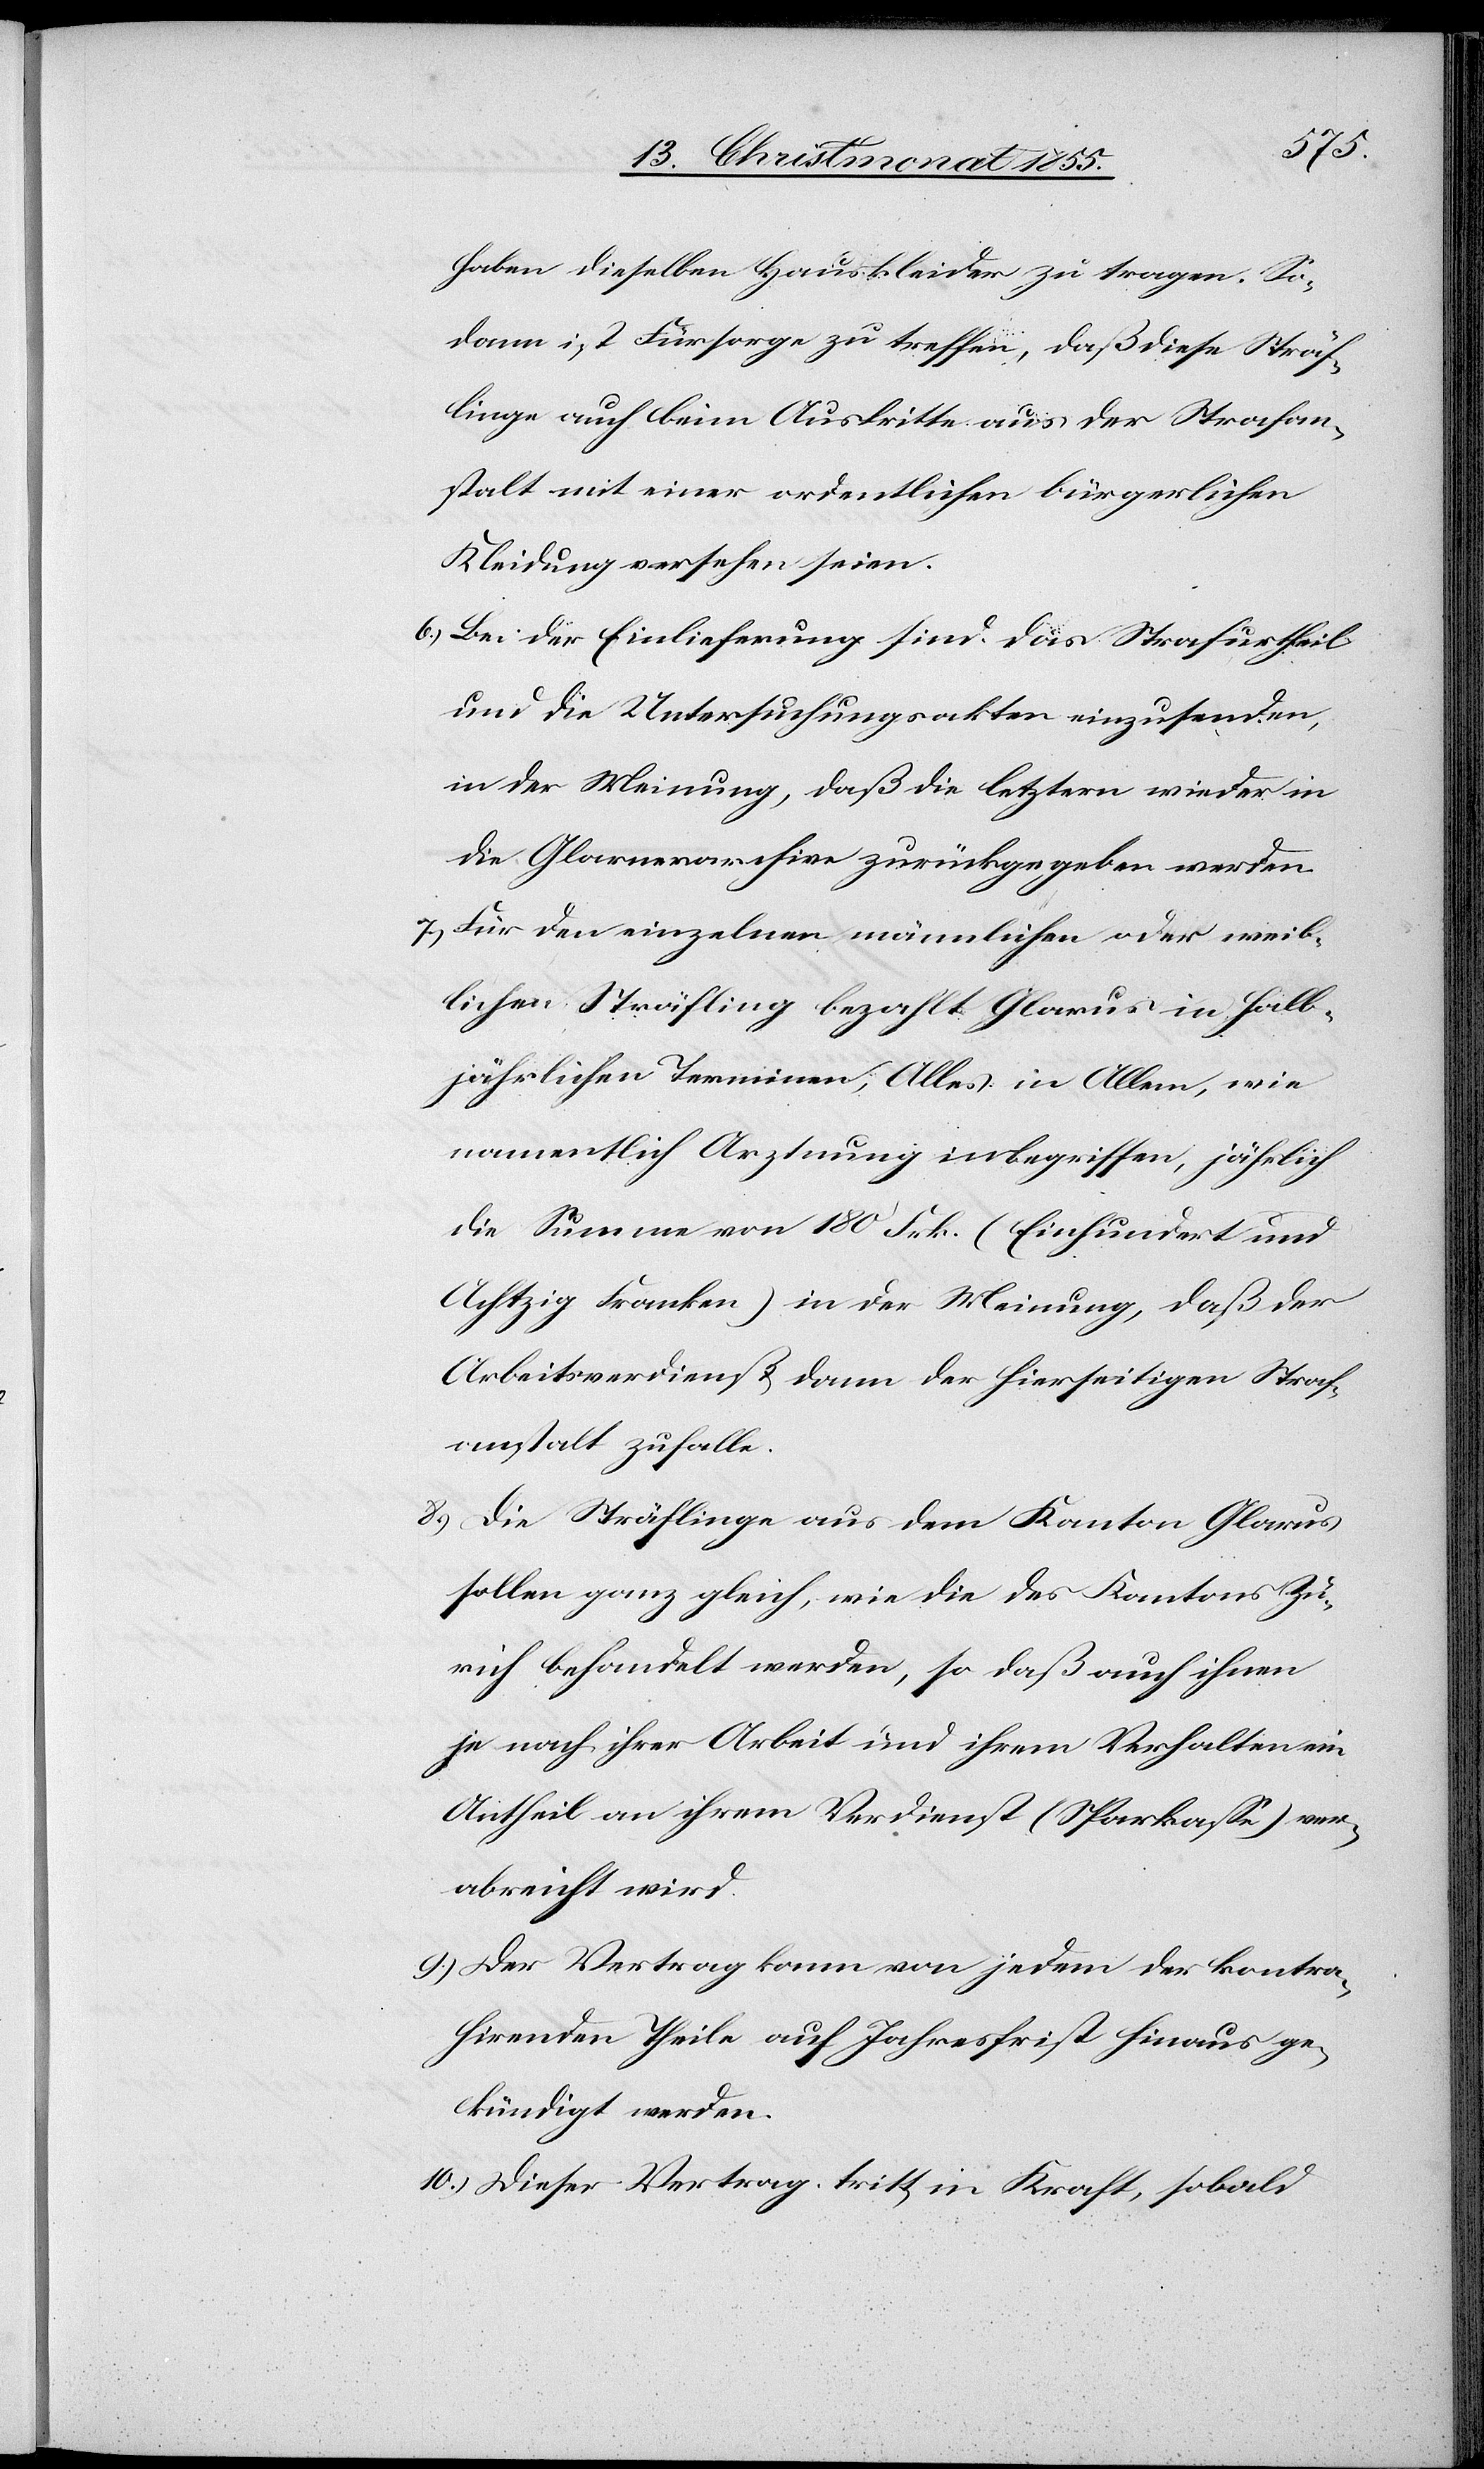
haben dieselben Hauskleider zu tragen. So¬
dann ist Fürsorge zu treffen, daß diese Sträf¬
linge auch beim Austritte aus der Strafan¬
stalt mit einer ordentlichen bürgerlichen
Kleidung versehen seien.
Bei der Einlieferung sind das Strafurtheil
und die Untersuchungsakten einzusenden,
in der Meinung, daß die letztern wieder in
die Glarnerarchive zurückgegeben werden.
Für den einzelnen männlichen oder weib¬
lichen Sträfling bezahlt Glarus in halb¬
jährlichen Terminen, Alles in Allem, wie
namentlich Arztnung inbegriffen, jährlich
die Summe von 180 Frk. (Einhundert und
Achtzig Franken) in der Meinung, daß der
Arbeitsverdienst dann der hierseitigen Straf¬
anstalt zufalle.
Die Sträflinge aus dem Kanton Glarus
sollen ganz gleich, wie die des Kantons Zü¬
rich behandelt werden, so daß auch ihnen
je nach ihrer Arbeit und ihrem Verhalten ein
Antheil an ihrem Verdienst (Sparkasse) ver¬
abreicht wird.
Der Vertrag kann von jedem der kontra¬
hirenden Theile auf Jahresfrist hinaus ge¬
kündigt werden.
Dieser Vertrag tritt in Kraft, sobald